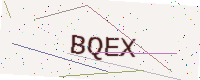
Text: BQEX